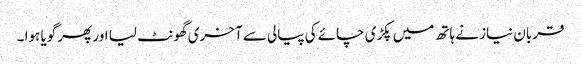
قربان نیاز نے ہاتھ میں پکڑی چائے کی پیالی سے آخری گھونٹ لیا اور پھر گویا ہوا ۔